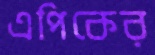
এপিকের